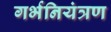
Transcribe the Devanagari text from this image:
गर्भनियंत्रण